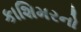
કાશિમરનો